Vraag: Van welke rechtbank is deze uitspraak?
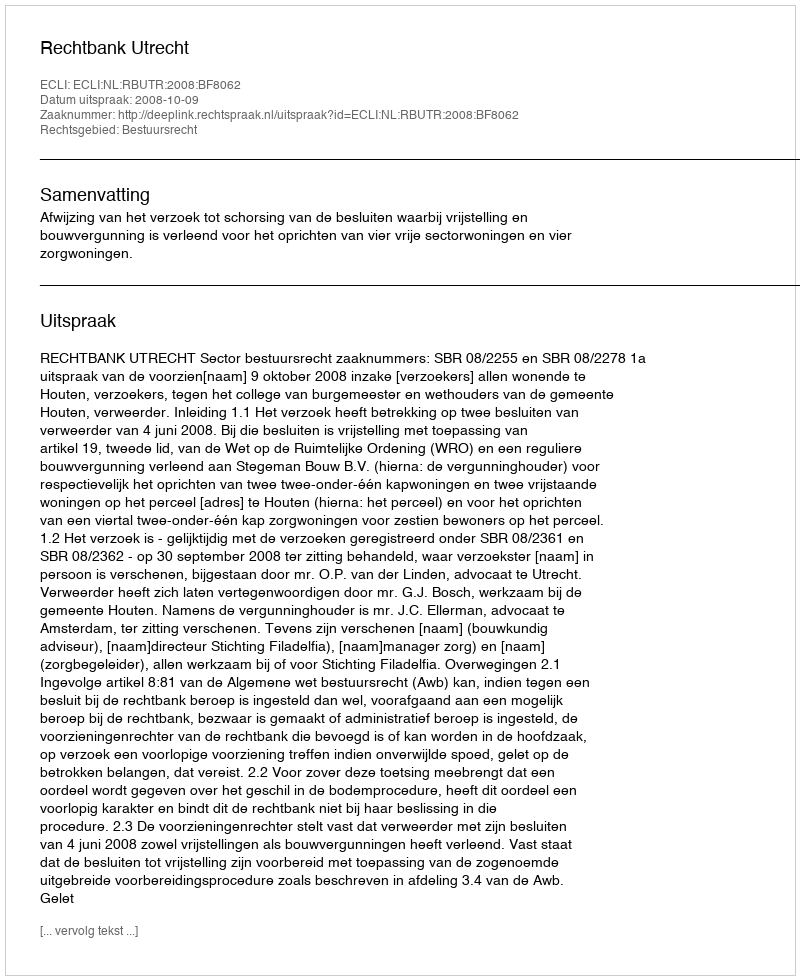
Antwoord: Rechtbank Utrecht